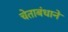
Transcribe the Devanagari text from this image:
चेताबंधाने